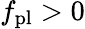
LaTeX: f_{\mathrm{pl}}>0